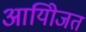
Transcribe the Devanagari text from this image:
आयोिजत